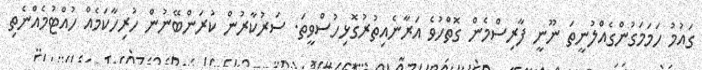
ގައުމު ހަމަމަގުންގެއްލުނީތަ ނޫނީ ފާރިސްމެން ގޮތްހުވެ އަރާނެއިތުރުގޮޅިހުސްވީތަ. ސަރުކާރުން ކުރަންބޭނުން ހުރިހާކަމެއް ހުއްޓުމެއްނެތި